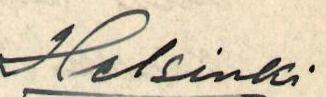
Helsinki